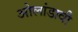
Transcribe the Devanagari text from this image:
ओलांडावी